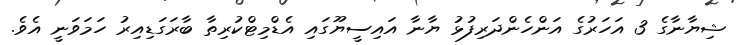
ޝިޔާނާގެ 3 އަހަރުގެ އަންހެންދަރިފުޅު ޔާނާ އައިސީޔޫގައި އެޑްމިޓްކުރިތާ ބާރަގަޑިއިރު ހަމަވަނީ އެވެ.